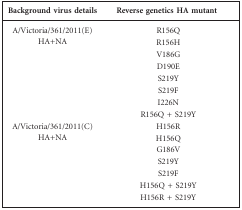
| Background virus details | Reverse genetics HA mutant |
 | --- | --- |
 | <ROWSPAN=8> A/Victoria/361/2011(E) HA+NA | R156Q |
 | R156H |
 | V186G |
 | D190E |
 | S219Y |
 | S219F |
 | I226N |
 | R156Q + S219Y |
 | <ROWSPAN=6> A/Victoria/361/2011(C) HA+NA | H156R |
 | H156Q |
 | G186V |
 | S219Y |
 | S219F |
 | H156Q + S219Y |
 |  | H156R + S219Y |